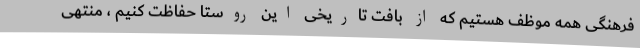
فرهنگی همه موظف هستیم که از بافت تاریخی این روستا حفاظت کنیم ، منتهی